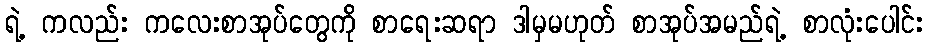
ရဲ့ ကလည်း ကလေးစာအုပ်တွေကို စာရေးဆရာ ဒါမှမဟုတ် စာအုပ်အမည်ရဲ့ စာလုံးပေါင်း